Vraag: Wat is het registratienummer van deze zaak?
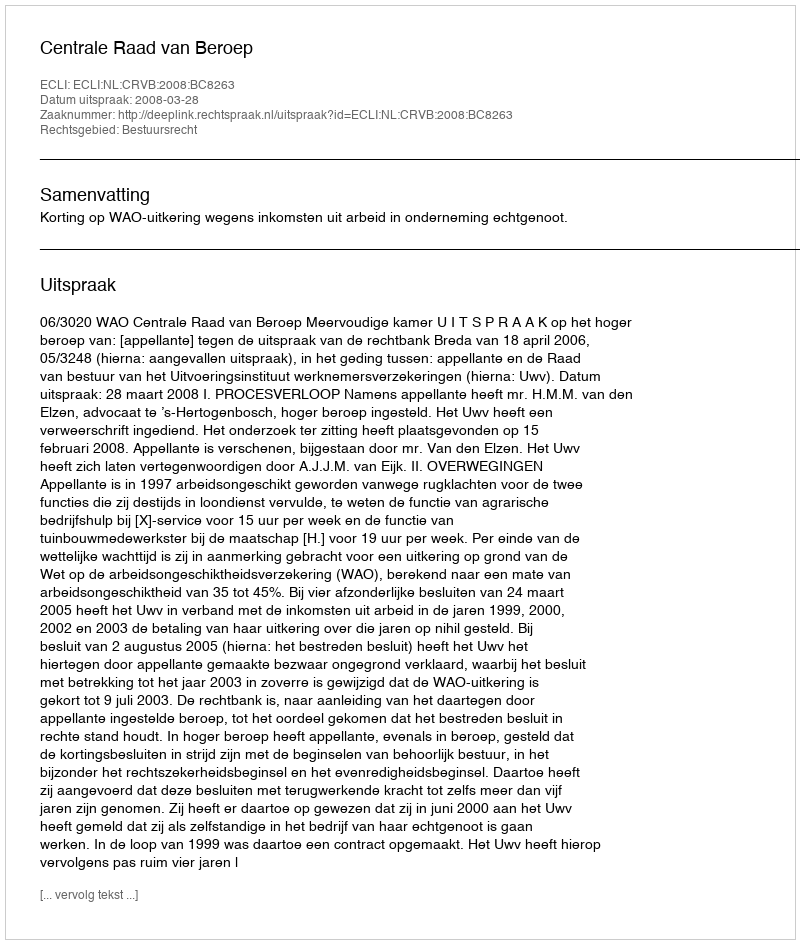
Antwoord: http://deeplink.rechtspraak.nl/uitspraak?id=ECLI:NL:CRVB:2008:BC8263